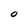
Character: O